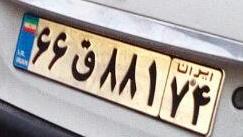
۶۶ق۸۸۱۷۴